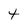
Character: t